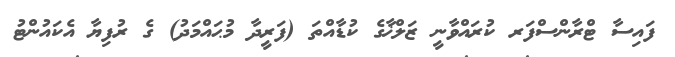
ފައިސާ ޓްރާންސްފަރ ކުރައްވާނީ ޒަލްޚާގެ ކުޑާއްތަ (ފަރީދާ މުޙައްމަދު) ގެ ރުފިޔާ އެކައުންޓު